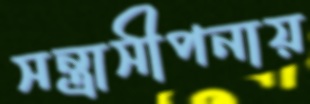
সন্ত্রাসীপনায়